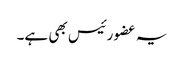
یہ عضو رئیس بھی ہے۔